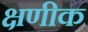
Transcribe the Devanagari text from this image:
क्षणीक